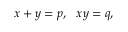
x + y = p , \ \ x y = q ,